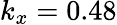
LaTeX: k_{x}=0.48